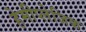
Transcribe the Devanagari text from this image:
हेमीप्लेजिक